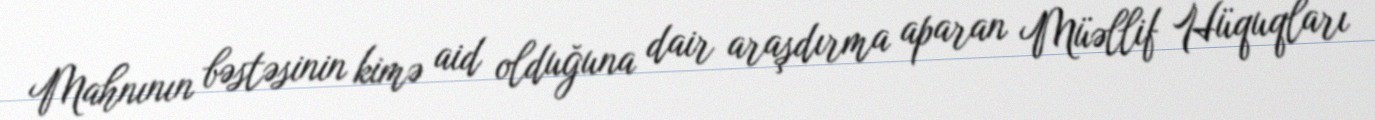
Mahnının bəstəsinin kimə aid olduğuna dair araşdırma aparan Müəllif Hüquqları